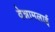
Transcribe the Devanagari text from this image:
वेन्नामलाई